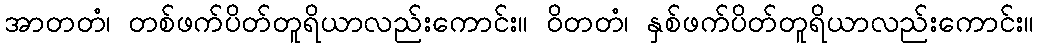
အာတတံ၊ တစ်ဖက်ပိတ်တူရိယာလည်းကောင်း။ ဝိတတံ၊ နှစ်ဖက်ပိတ်တူရိယာလည်းကောင်း။